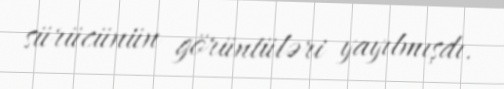
sürücünün görüntüləri yayılmışdı.